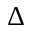
\Delta